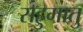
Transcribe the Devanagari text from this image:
राहुमातु